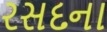
રસદના